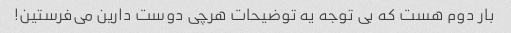
بار دوم هست که بی توجه یه توضیحات هرچی دوست دارین می‌فرستین!